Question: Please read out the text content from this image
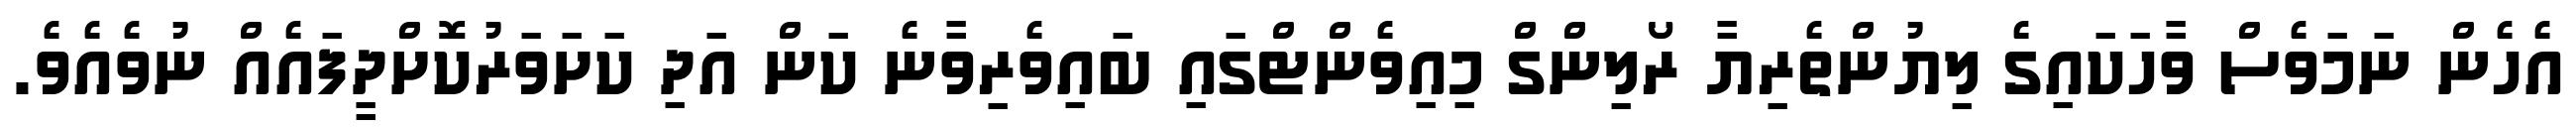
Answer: އެހެން ނަމަވެސް ވާހަކައިގެ ލިޔުންތެރިޔާ ރޯލިންގް މިއިވެންޓްގައި ބައިވެރިވާނެ ކަން އަދި ކަށަވަރުކޮށްދީފައެއް ނުވެއެވެ.